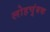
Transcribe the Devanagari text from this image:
लोहचुंबक